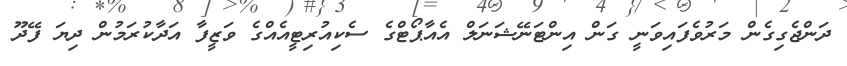
ދަންޖެގިގެން މަރުވެފައިވަނީ ގަން އިންޓަނޭޝަނަލް އެއާޕޯޓްގެ ސެކިއުރިޓީއެއްގެ ވަޒީފާ އަދާކުރަމުން ދިޔަ ފޭދޫ